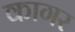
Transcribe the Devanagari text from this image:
कागर